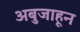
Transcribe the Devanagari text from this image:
अबुजाहून